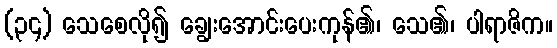
(၃၄) သေစေလို၍ ချွေးအောင်းပေးကုန်၏၊ သေ၏၊ ပါရာဇိက။